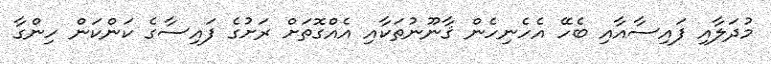
މުދަލާއި ފައިސާއާއި ބެހޭ އެހެނިހެން ޤާނޫނުތަކާއި އެއްގޮތަށް ރަށުގެ ފައިސާގެ ކަންކަން ހިންގާ